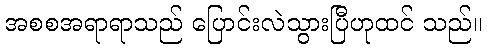
အစစအရာရာသည် ပြောင်းလဲသွားပြီဟုထင် သည်။